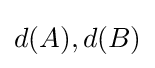
d(A),d(B)